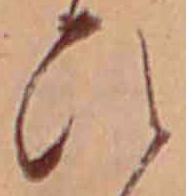
ひ